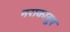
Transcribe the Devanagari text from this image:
नराकासुर